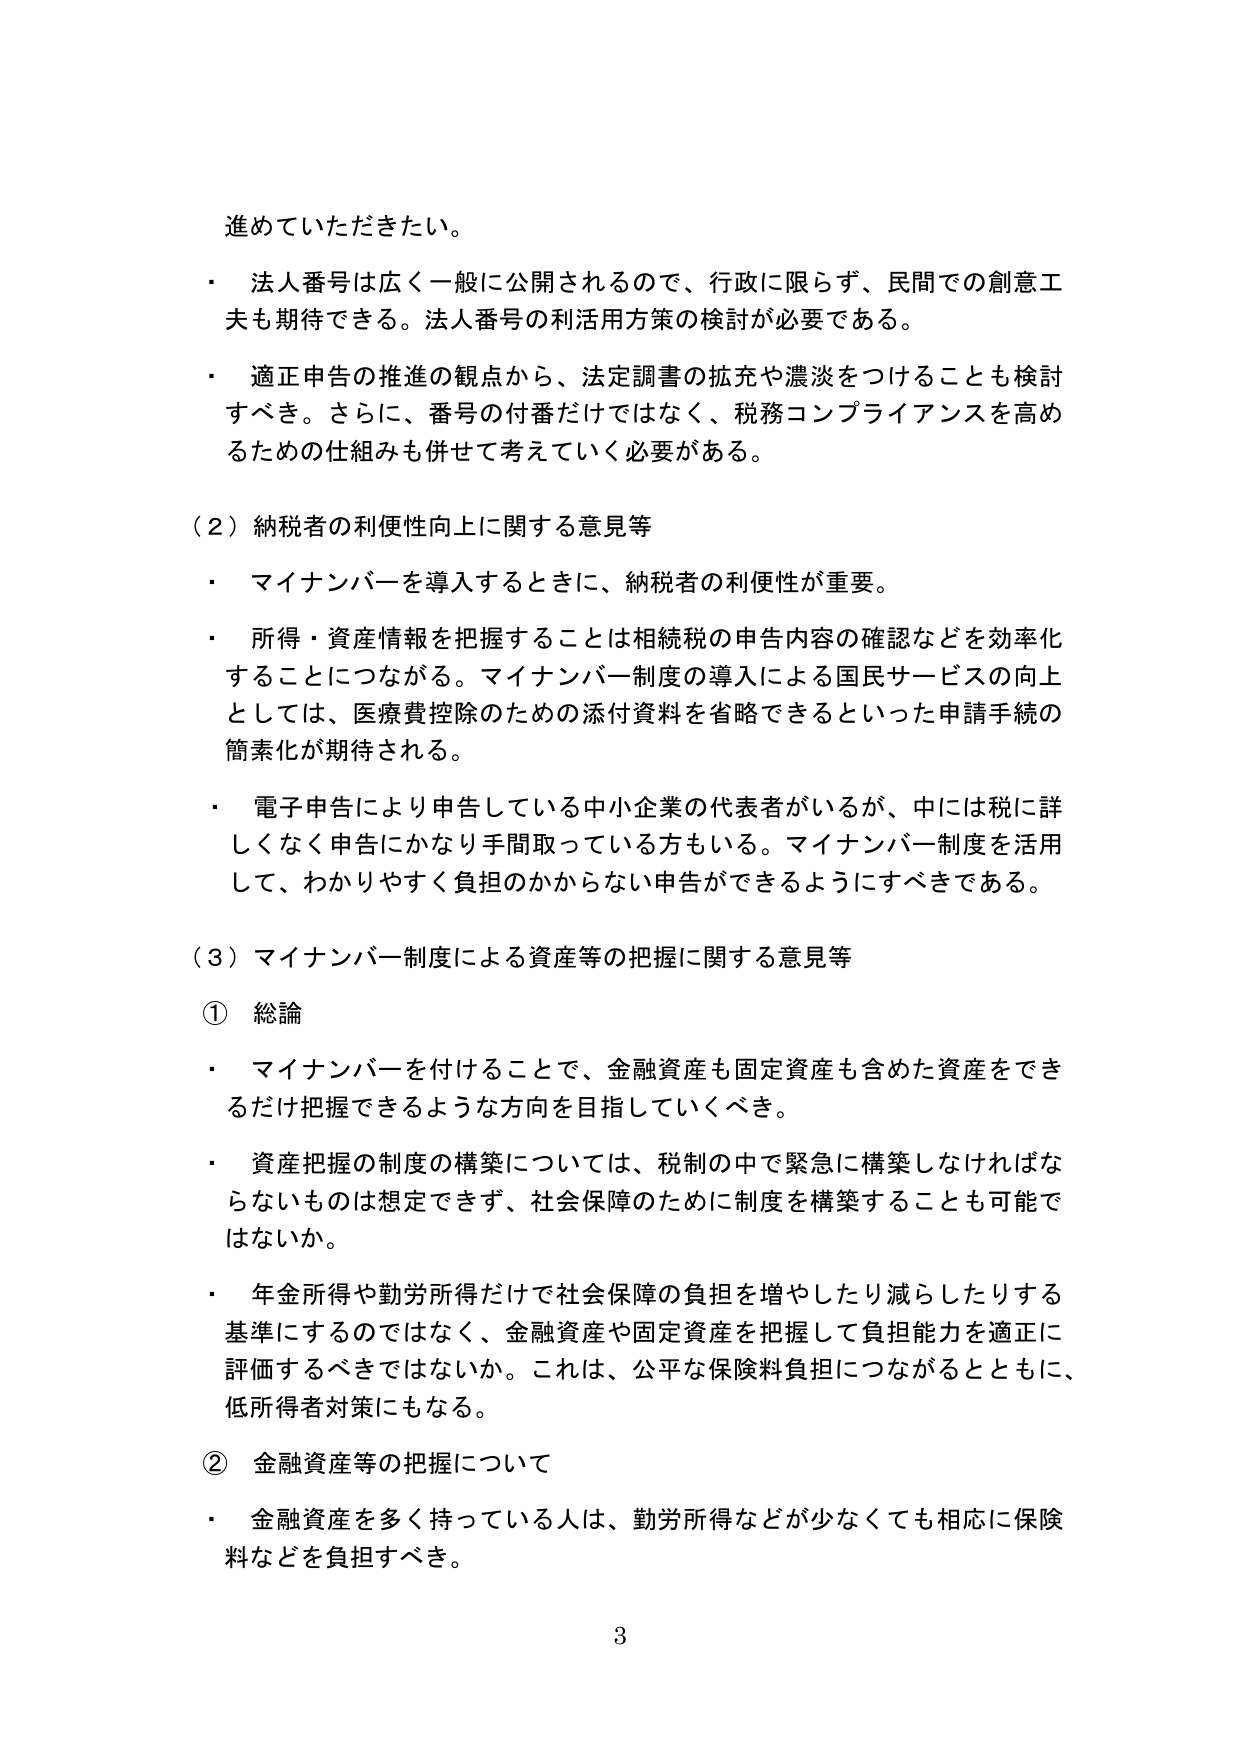
進めていただきたい。

・ 法人番号は広く一般に公開されるので、行政に限らず、民間での創意工夫も期待できる。法人番号の利活用方策の検討が必要である。

・ 適正申告の推進の観点から、法定調書の拡充や濃淡をつけることも検討すべき。さらに、番号の付番だけではなく、税務コンプライアンスを高めるための仕組みも併せて考えていく必要がある。

（２）納税者の利便性向上に関する意見等

・ マイナンバーを導入するときに、納税者の利便性が重要。

・ 所得・資産情報を把握することは相続税の申告内容の確認などを効率化することにつながる。マイナンバー制度の導入による国民サービスの向上としては、医療費控除のための添付資料を省略できるといった申請手続の簡素化が期待される。

・ 電子申告により申告している中小企業の代表者がいるが、中には税に詳しくなく申告にかなり手間取っている方もいる。マイナンバー制度を活用して、わかりやすく負担のかからない申告ができるようにすべきである。

（３）マイナンバー制度による資産等の把握に関する意見等

① 総論

・ マイナンバーを付けることで、金融資産も固定資産も含めた資産をできるだけ把握できるような方向を目指していくべき。

・ 資産把握の制度の構築については、税制の中で緊急に構築しなければならないものは想定できず、社会保障のために制度を構築することも可能ではないか。

・ 年金所得や勤労所得だけで社会保障の負担を増やしたり減らしたりする基準にするのではなく、金融資産や固定資産を把握して負担能力を適正に評価するべきではないか。これは、公平な保険料負担につながるとともに、低所得者対策にもなる。

② 金融資産等の把握について

・ 金融資産を多く持っている人は、勤労所得などが少なくても相応に保険料などを負担すべき。

3